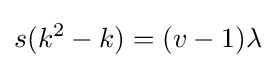
s(k^{2}-k)=(v-1)\lambda